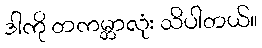
ဒါကို တကမ္ဘာလုံး သိပါတယ်။